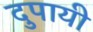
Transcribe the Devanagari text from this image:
दुपायी